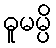
ဓူမမ္ပိ